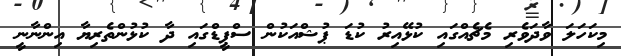
މިކަހަލަ ވާދަވެރި މެޗެއްގައި ކުޅޭއިރު ކުޑަ ޕުޝްއަކުން ސްޕީޑްގައި ދާ ކުޅުންތެރިޔާ އިންނާނީ